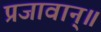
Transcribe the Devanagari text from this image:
प्रजावान्॥